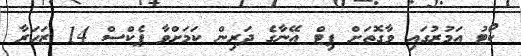
ކޯޓު އަމުރުގައި ވާގޮތަށް ޕިޓް އޭނާގެ ދަރިން ކަމަށްވާ ޕެކްސް 14 ޒަހަރާ